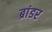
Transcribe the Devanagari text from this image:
ब्रांडर